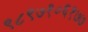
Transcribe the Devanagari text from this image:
९८९७१०६१७७